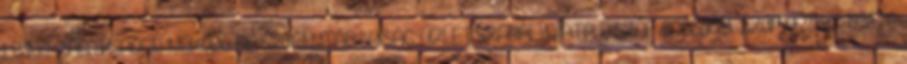
LÍZING ZÁRTKÖRŐEN MŐKÖDÖ RÉSZVÉNYTÁRSASÁG ÜZLETSZABÁLYZATA PSZÁF engedély száma: 2138 1998 F